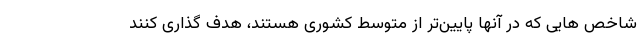
شاخص هایی که در آنها پایین‌تر از متوسط کشوری هستند، هدف گذاری کنند